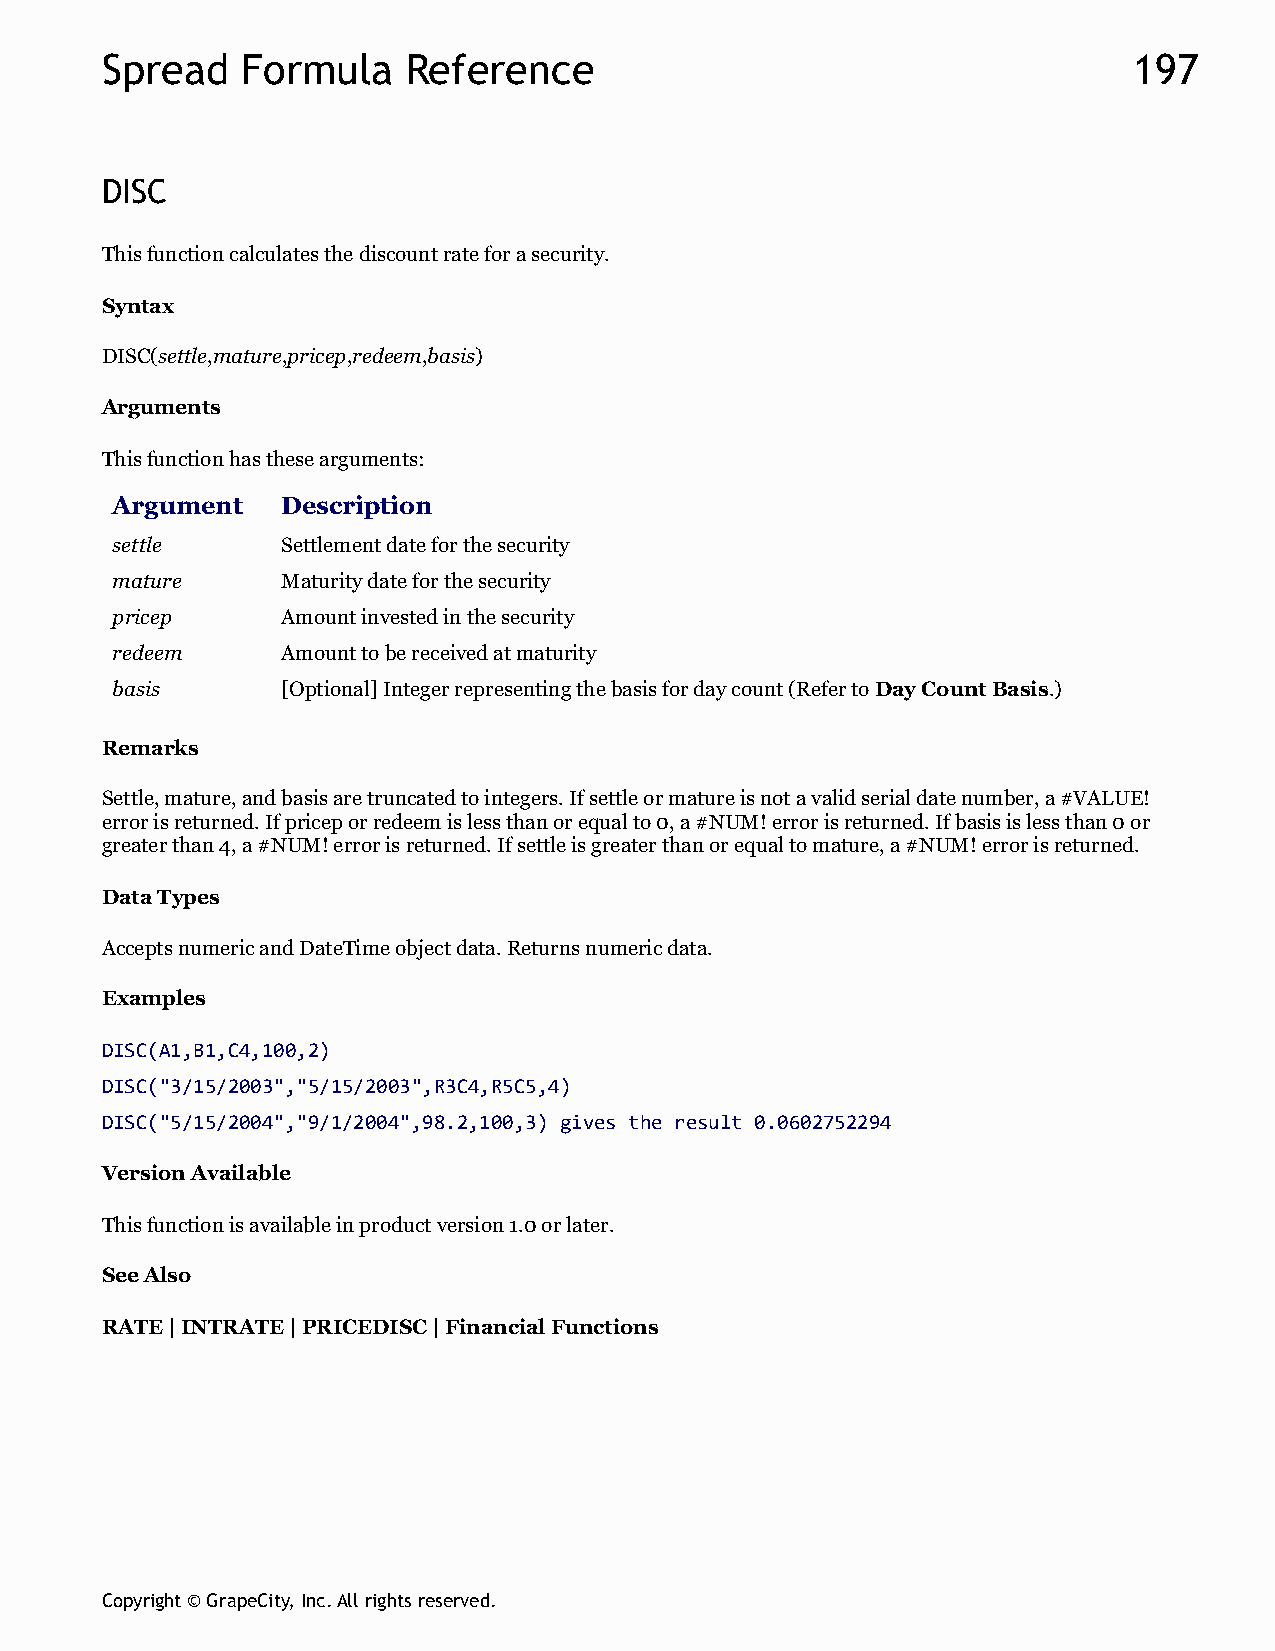
Spread   Formula    Reference                                       197
 DISC
 This function calculates the discount rate for a security.
 Syntax
 DISC(settle,mature,pricep,redeem,basis)
 Arguments
 This function has these arguments:
 Argument    Description
 settle      Settlement date for the security
 mature      Maturity date for the security
 pricep      Amount invested in the security
 redeem      Amount to be received at maturity
 basis       [Optional] Integer representing the basis for day count (Refer to Day Count Basis.)
 Remarks
 Settle, mature, and basis are truncated to integers. If settle or mature is not a valid serial date number, a #VALUE!
 error is returned. If pricep or redeem is less than or equal to 0, a #NUM! error is returned. If basis is less than 0 or
 greater than 4, a #NUM! error is returned. If settle is greater than or equal to mature, a #NUM! error is returned.
 Data Types
 Accepts numeric and DateTime object data. Returns numeric data.
 Examples
 DISC(A1,B1,C4,100,2)
 DISC("3/15/2003","5/15/2003",R3C4,R5C5,4)
 DISC("5/15/2004","9/1/2004",98.2,100,3) gives the result 0.0602752294
 Version Available
 This function is available in product version 1.0 or later.
 See Also
 RATE | INTRATE | PRICEDISC | Financial Functions
 Copyright © GrapeCity, Inc. All rights reserved.